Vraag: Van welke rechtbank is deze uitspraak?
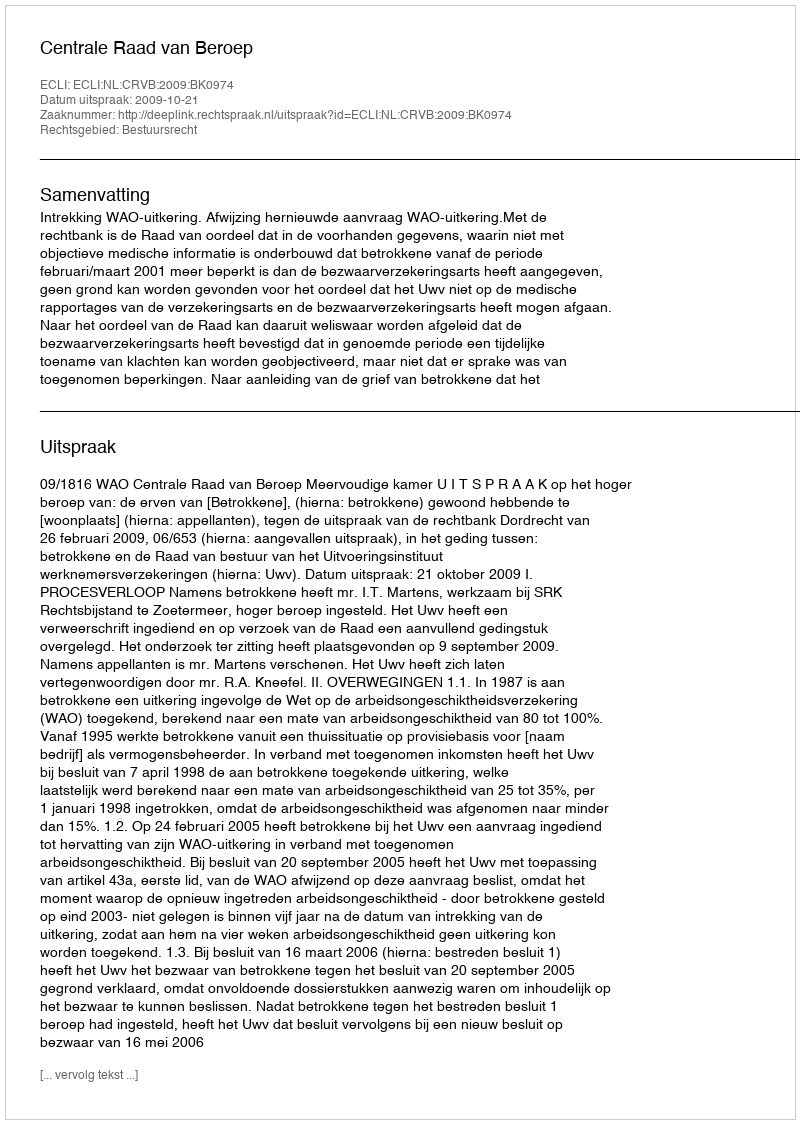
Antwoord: Centrale Raad van Beroep